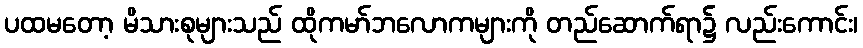
ပထမတော့ မိသားစုများသည် ထိုကမာ်ဘလောကများကို တည်ဆောက်ရာ၌ လည်းကောင်း၊